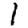
Digit: 1